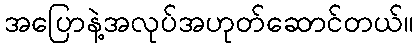
အပြောနဲ့အလုပ်အဟုတ်ဆောင်တယ်။